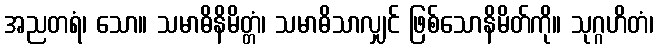
အညတရံ၊ သော။ သမာဓိနိမိတ္တံ၊ သမာဓိသာလျှင် ဖြစ်သောနိမိတ်ကို။ သုဂ္ဂဟိတံ၊